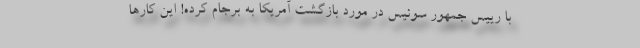
با رییس جمهور سوئیس در مورد بازگشت آمریکا به برجام کرده! این کارها